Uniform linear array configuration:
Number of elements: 24
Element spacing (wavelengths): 0.75
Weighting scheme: binomial
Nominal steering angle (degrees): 15
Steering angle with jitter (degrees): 15.696
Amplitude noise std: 0.05
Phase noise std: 0.05

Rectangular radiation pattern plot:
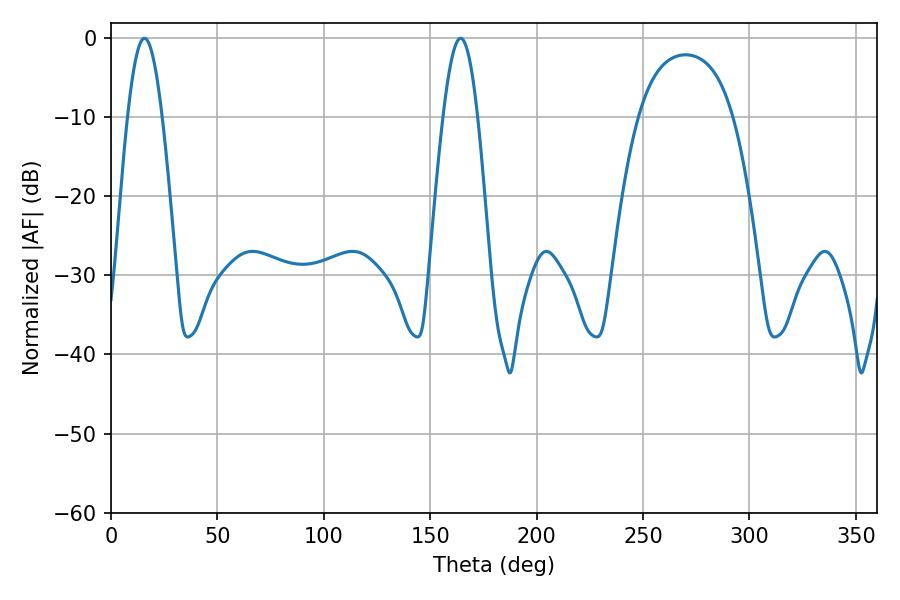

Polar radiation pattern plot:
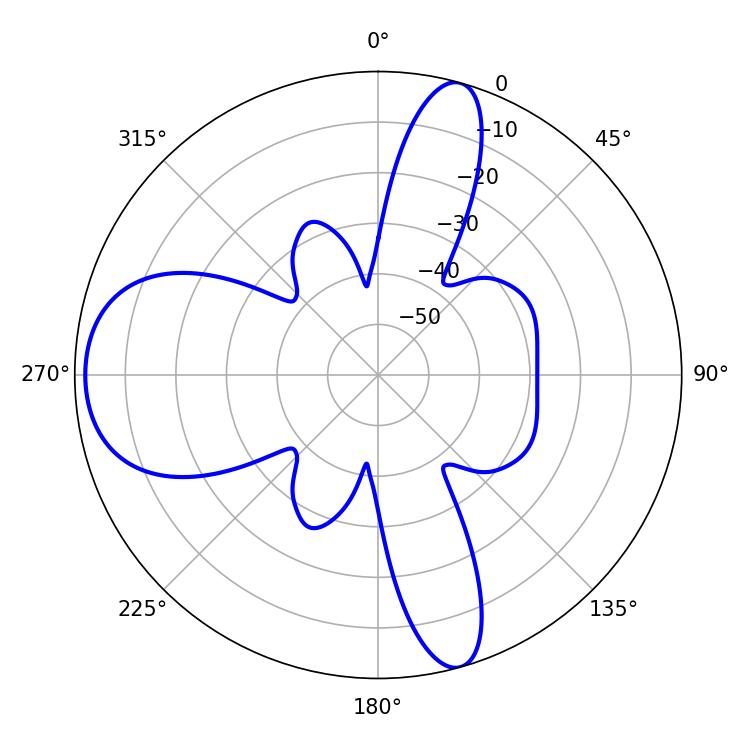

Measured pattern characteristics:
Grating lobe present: TRUE
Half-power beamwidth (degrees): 8.82
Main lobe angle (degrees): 15.66